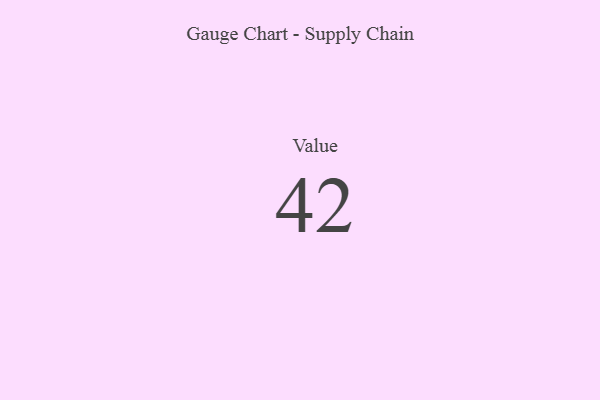
{"axis": {"x": "Metric", "y": "Value"}, "legend": [""], "data": [{"x": "Value", "y": 42, "type": ""}]}